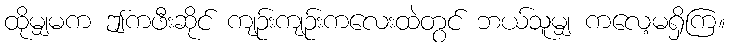
ထိုမျှမက ဤကဖီးဆိုင် ကျဉ်းကျဉ်းကလေးထဲတွင် ဘယ်သူမျှ ကလေ့မရှိကြ။